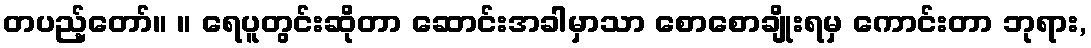
တပည့်တော်။ ။ ရေပူတွင်းဆိုတာ ဆောင်းအခါမှာသာ စောစောချိုးရမှ ကောင်းတာ ဘုရား,